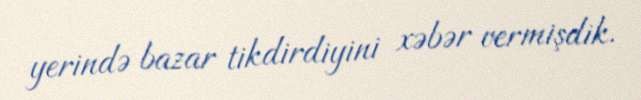
yerində bazar tikdirdiyini xəbər vermişdik.